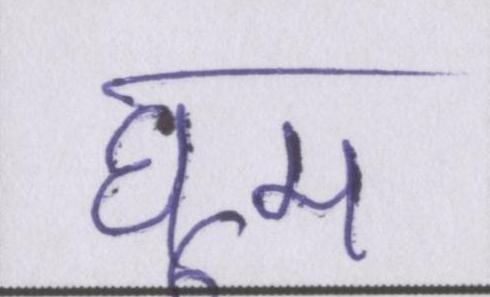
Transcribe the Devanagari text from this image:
घूम